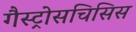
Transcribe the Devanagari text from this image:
गैस्ट्रोसचिसिस